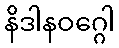
နိဒါနဝဂ္ဂေါ